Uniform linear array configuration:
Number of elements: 32
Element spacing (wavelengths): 0.75
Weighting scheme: hamming
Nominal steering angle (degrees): -45
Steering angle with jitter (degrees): -44.698
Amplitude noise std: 0.05
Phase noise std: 0.05

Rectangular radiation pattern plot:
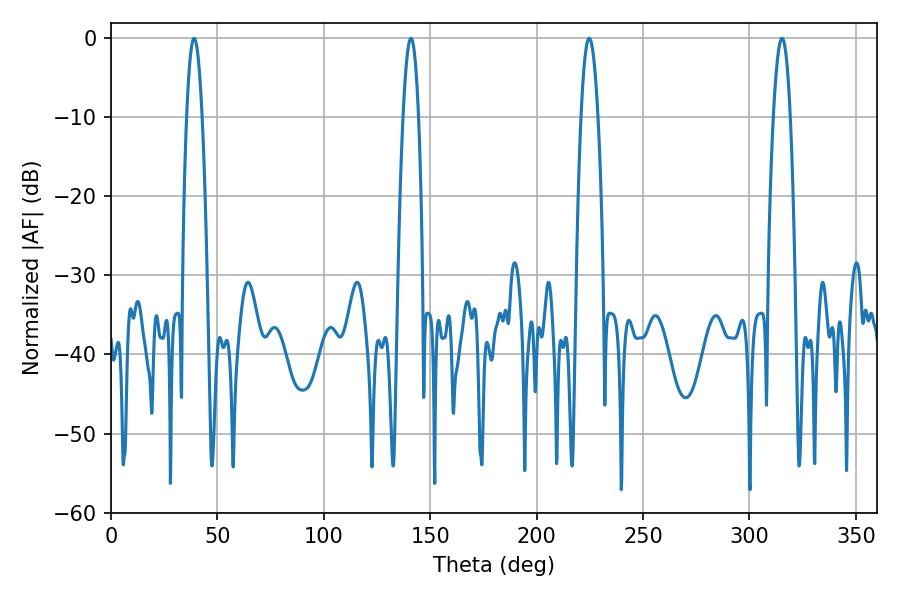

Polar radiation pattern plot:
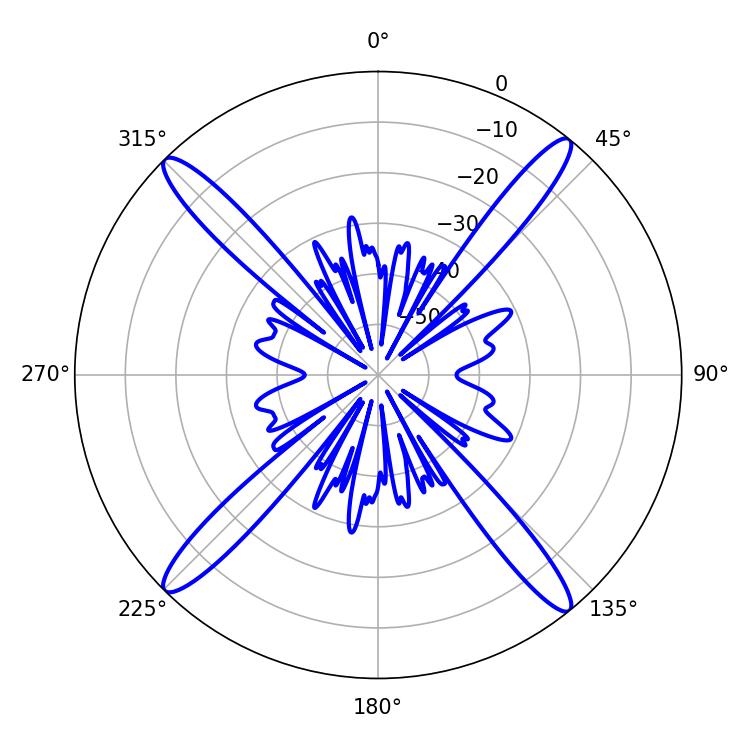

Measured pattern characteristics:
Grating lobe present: TRUE
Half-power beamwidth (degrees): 3.96
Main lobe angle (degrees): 39.06